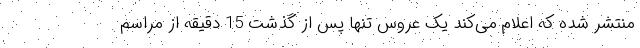
منتشر شده که اعلام می‌کند یک عروس تنها پس از گذشت 15 دقیقه از مراسم